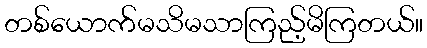
တစ်ယောက်မသိမသာကြည့်မိကြတယ်။